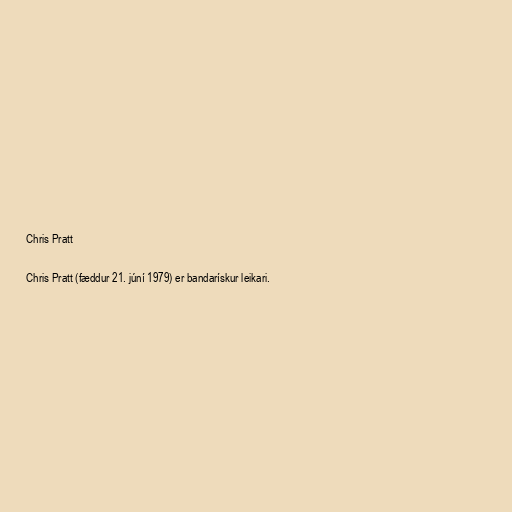
Chris Pratt

Chris Pratt (fæddur 21. júní 1979) er bandarískur leikari.